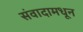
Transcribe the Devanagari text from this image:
संवादामधून